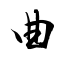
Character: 曲